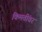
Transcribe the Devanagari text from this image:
किमतींवर